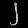
Digit: ၂